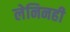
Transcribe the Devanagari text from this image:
लेनिनही